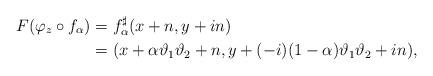
LaTeX: \begin{align*}F(\varphi_z\circ f_\alpha) & = f_\alpha^\sharp (x + n, y + in)\\ & = (x + \alpha\vartheta_1\vartheta_2 + n, y + (-i)(1-\alpha) \vartheta_1\vartheta_2 + in),\end{align*}